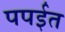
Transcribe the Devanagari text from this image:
पपईत